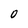
Character: 0